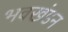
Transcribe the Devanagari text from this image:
भवखंडन